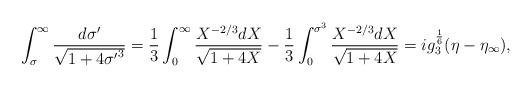
LaTeX: \begin{align*}\int_\sigma^\infty{{d\sigma'}\over{\sqrt{1+4{\sigma'}^3}}}={1\over 3}\int_0^\infty{{X^{-2/3}dX}\over{\sqrt{1+4X}}}-{1\over 3}\int_0^{\sigma^3}{{X^{-2/3}dX}\over{\sqrt{1+4X}}}=ig_3^{1\over 6}(\eta-\eta_\infty),\end{align*}